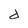
Character: d